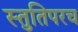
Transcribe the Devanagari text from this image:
स्तुतिपरच